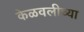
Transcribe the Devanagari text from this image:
केळवलीच्या